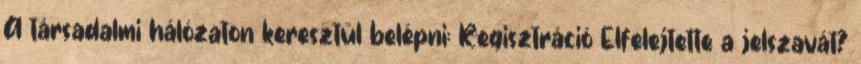
A társadalmi hálózaton keresztül belépni: Regisztráció Elfelejtette a jelszavát?